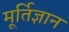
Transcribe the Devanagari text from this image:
मूर्तिज्ञान